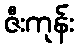
ဇီးကုန်း